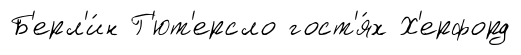
Б'ерл'и́н Г'ют'ерсло гост'я́х Х'ерфорд